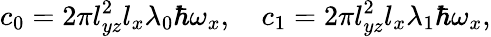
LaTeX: c_{0}=2\pi l_{yz}^{2}l_{x}\lambda_{0}\hbar\omega_{x},\quad c_{1}=2\pi l_{yz}^{2}l_{x}\lambda_{1}\hbar\omega_{x},